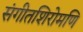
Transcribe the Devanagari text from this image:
संगीतशिरोमणि